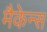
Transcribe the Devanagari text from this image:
मैकेन्स